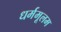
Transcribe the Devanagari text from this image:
धर्ममूलम